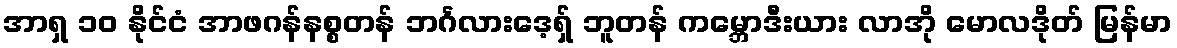
အာရှ ၁၀ နိုင်ငံ အာဖဂန်နစ္စတန် ဘင်္ဂလားဒေ့ရှ် ဘူတန် ကမ္ဘောဒီးယား လာအို မောလဒိုတ် မြန်မာ